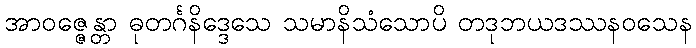
အာဝဇ္ဇေန္တာ ဓုတင်္ဂနိဒ္ဒေသေ သမာနိသံသောပိ တဒုဘယဒဿနဝသေန